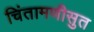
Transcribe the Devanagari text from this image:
चिंतामणीसुत